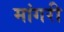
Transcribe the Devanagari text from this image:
मांगरी